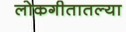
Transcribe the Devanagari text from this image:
लोकगीतातल्या